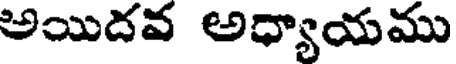
అయిదవ అధ్యాయము